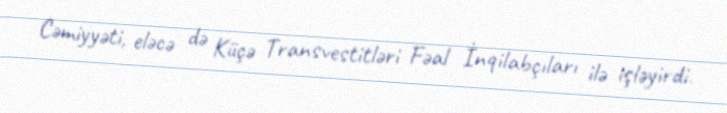
Cəmiyyəti, eləcə də Küçə Transvestitləri Fəal İnqilabçıları ilə işləyirdi.